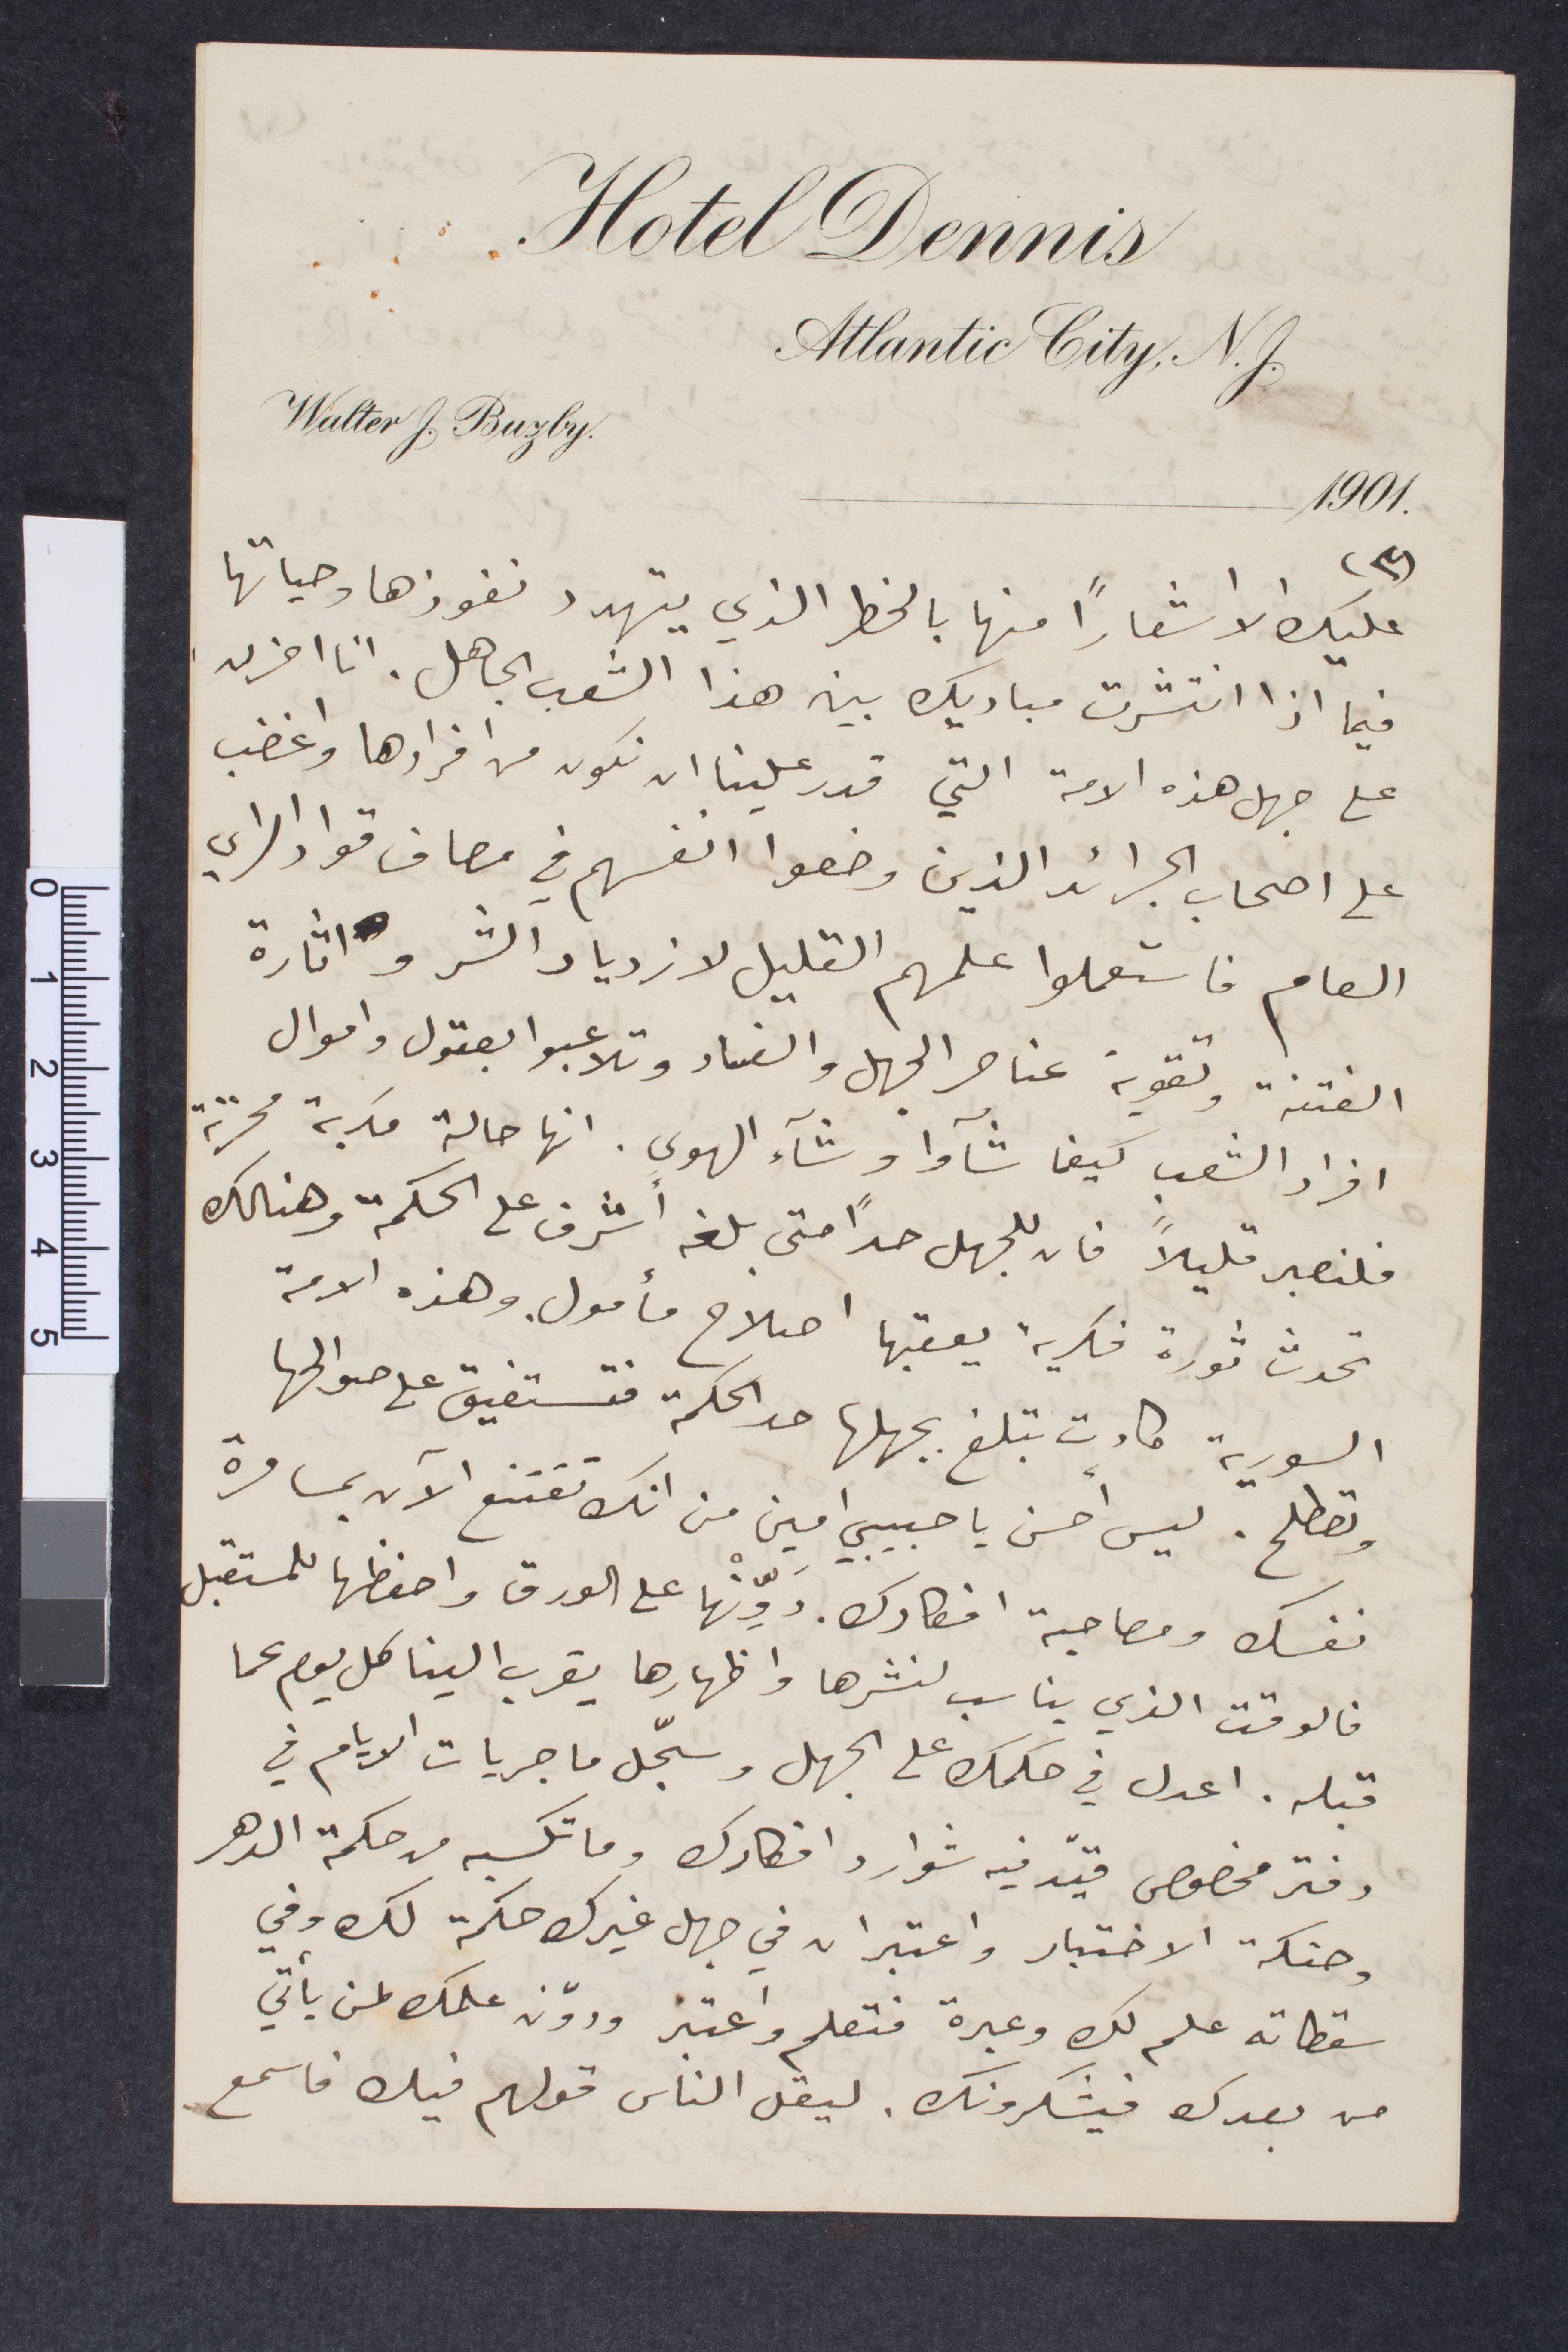
عليك الا شعارًأ منها بالخطر الذي يتهدد نفوذها وحياتها
فيما اذا انتشرت مباديك بين هذا الشعب الجاهل. انا احزن
على جهل هذه الامة التي قدر علينا ان نكون من افرادها واغضب
على أصحاب الجرائد الذين وضعوا انفسهم في مصاف مواز لرأي
العام فاستعملوا علمهم القليل لازدياد الشر واثارة
الفتنة وتقوية عناصر الجهل والفساد ولاتعبوا بعقول واموال
افراد الشعب كيفما شآوا وشأء الهوى. انها حالة مكربة محزنة
فلنصبر قليلًا فان للجهل حدًا متى بلغه اشرف على الحكمة وهنالك
تحدث ثورة فكرية يعقبها اصلاح مأومال. وهذه الامة
السورية كادت تبلغ بجهلها حد الحكمة فتستفيق على صوالحها
وتصطلح. ليس احسن يا حبيبي امين انك تقتنع الآن بمسامرة
نفسك ومصاحبة افكارك. دوّنها على الورق احفظها للمستقبل
فالوقت الذي يناسب لنشرها واظهارها يقرب الينا كل يوم عما
قبله. اعدل في حكمك على الجهل وسجل ما جريات الأيام في
دفتر مخصوص قيّد فيه شوارد افكارك وما تكسبه من حكمة الدهر
وحنكة الاختبار واعتبر ان في جهل غيرك حكمة لك وفي
سقطاته علم لك وعبرة فتصلح واعتبر ودوّن علمك لمن يأتي
من بعدك فيشكرونك. ليقل الناس قولهم فيك فاسمع